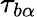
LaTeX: \tau_{b\alpha}